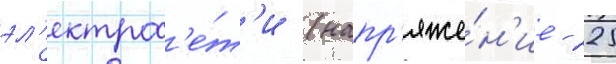
эл'ектрос'е́т'и (напр'яже́н'ие - 225